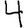
Digit: 4